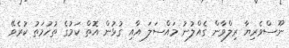
ނޫސްވެރިޔާ ރިލްވާން ގެއްލުނު މައްސަލަ އާއި ގުޅުން އޮތް ކަމުގެ ތުހުމަތު ކުރެވޭ